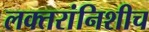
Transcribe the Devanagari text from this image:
लक्तरांनिशीच